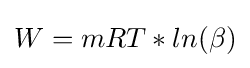
W=mRT*ln(\beta )